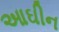
આઘીન